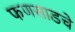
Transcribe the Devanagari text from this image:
फणसाडचे